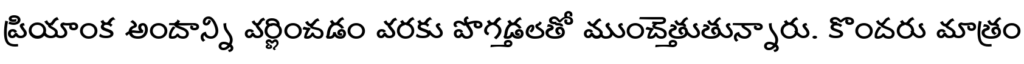
ప్రియాంక అందాన్ని వర్ణించడం వరకు పొగడ్తలతో ముంచెత్తుతున్నారు. కొందరు మాత్రం